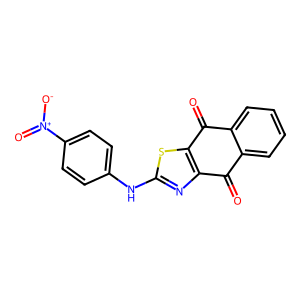
SMILES: O=C1c2ccccc2C(=O)c2sc(Nc3ccc([N+](=O)[O-])cc3)nc21
Inhibits HIV replication: No